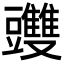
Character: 䝄